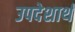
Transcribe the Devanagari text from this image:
उपदेशार्थ